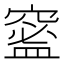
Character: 𥧧